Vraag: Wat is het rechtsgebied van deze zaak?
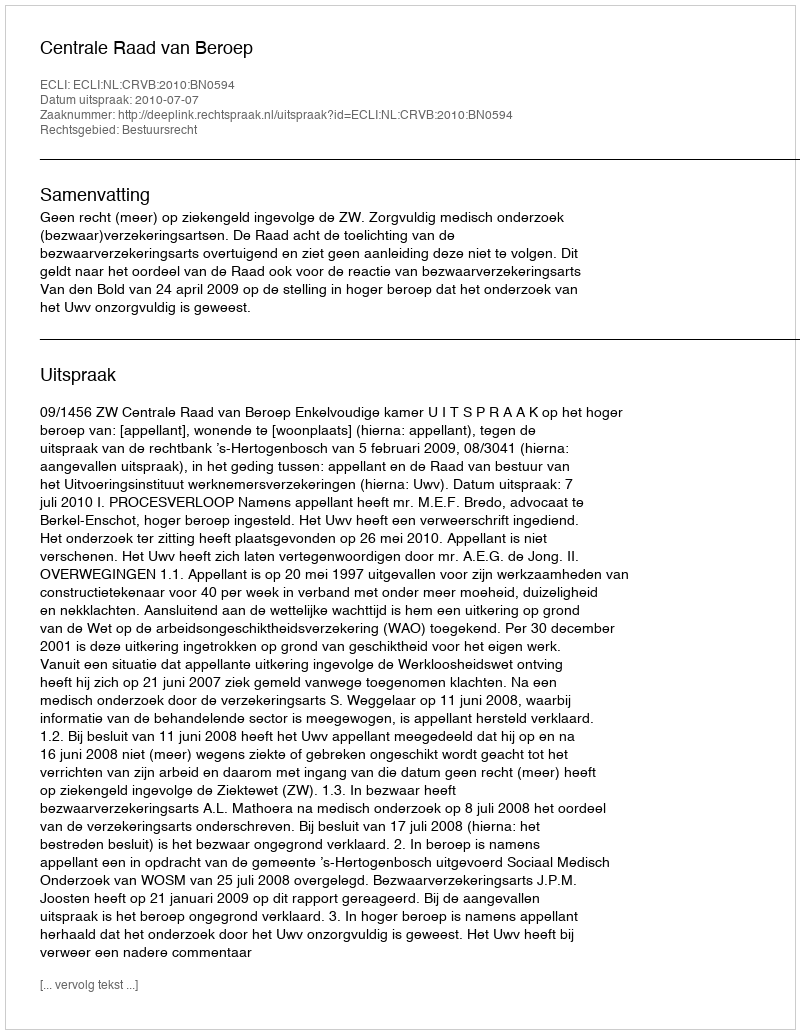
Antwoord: Bestuursrecht